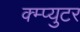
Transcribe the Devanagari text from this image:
क्म्प्युटर